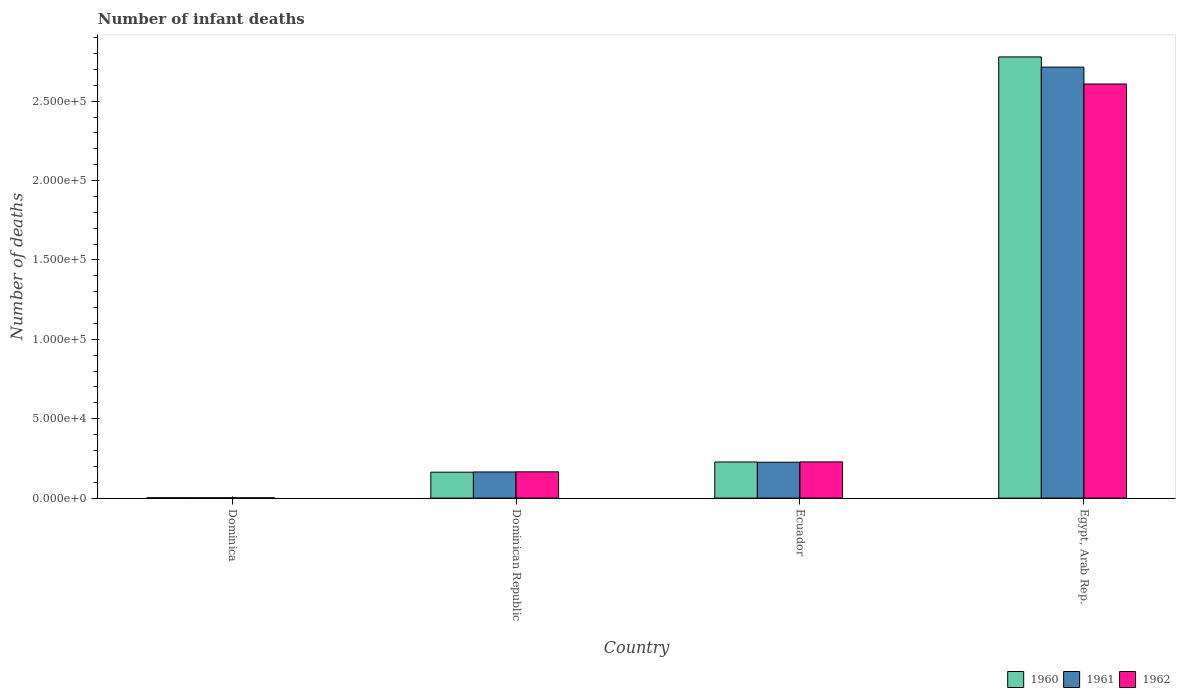
| Country | 1960 | 1961 | 1962 |
 | --- | --- | --- | --- |
 | Dominica | 231 | 204 | 171 |
 | Dominican Republic | 1.63e+04 | 1.65e+04 | 1.65e+04 |
 | Ecuador | 2.27e+04 | 2.26e+04 | 2.28e+04 |
 | Egypt, Arab Rep. | 2.78e+05 | 2.71e+05 | 2.61e+05 |